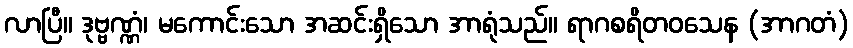
လာပြီ။ ဒုဗ္ဗဏ္ဏံ၊ မကောင်းသော အဆင်းရှိသော အာရုံသည်။ ရာဂစရိတဝသေန (အာဂတံ)